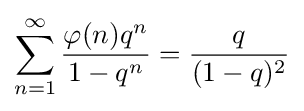
\sum _{n=1}^{\infty }{\frac {\varphi (n)q^{n}}{1-q^{n}}}={\frac {q}{(1-q)^{2}}}